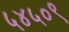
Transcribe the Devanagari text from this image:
५४५०९